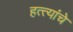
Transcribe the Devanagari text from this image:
हत्त्यांचे